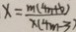
x = \frac { m ( 4 n + b ) } { x ( 4 m - 3 ) }